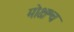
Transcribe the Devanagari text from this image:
मोक्षश्च